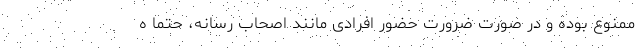
ممنوع بوده و در صورت ضرورت حضور افرادی مانند اصحاب رسانه، حتماً ه